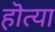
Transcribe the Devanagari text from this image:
हॊत्या